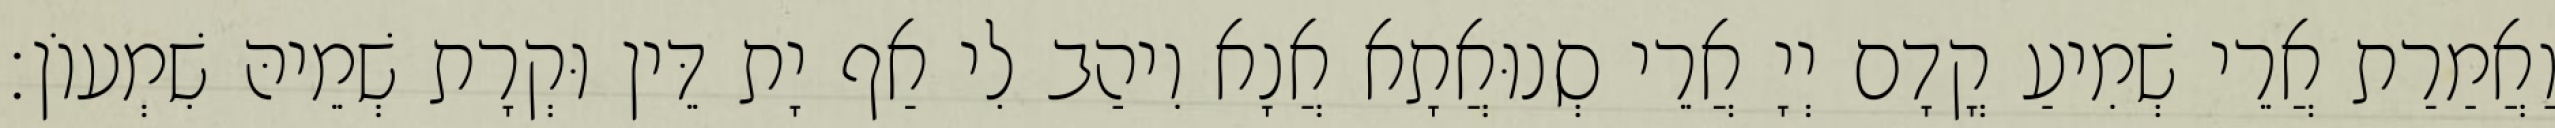
וַאֲמַרַת אֲרֵי שְׁמִיעַ קֳדָם יְיָ אֲרֵי סְנוּאֲתָא אֲנָא וִיהַב לִי אַף יָת דֵּין וּקְרָת שְׁמֵיהּ שִׁמְעוֹן׃